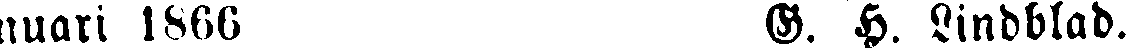
nuari 1866 G. H. Lindblad.